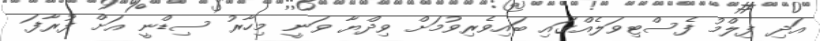
އަދި ފިލްމު ފެސްޓިވަލެއްގައި ބައިވެރިވުމަށް ވިދްޔާ ވަނީ މިހާރު ސިޑްނީ އަށް ފުރާފަ